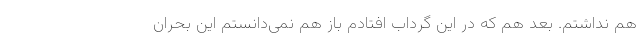
هم نداشتم. بعد هم که در این گرداب افتادم باز هم نمی‌دانستم این بحران